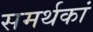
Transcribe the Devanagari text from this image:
समर्थकां